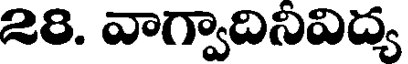
28. వాగ్వాదినివిద్య